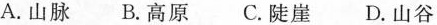
A.山脉 B.高原 C.陡崖 D.山谷